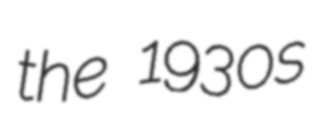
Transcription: the 1930s